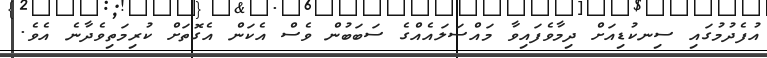
އުފެދުމުގައި ސިނކުޑިއަށް ދިމާވެފައިވާ މައްސަލައެއްގެ ސަބަބުން ވެސް އެކަން އެގޮތަށް ކުރިމަތިވެދާނެ އެވެ.